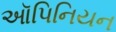
ઑપિનિયન